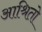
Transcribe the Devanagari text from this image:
आश्रितो